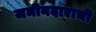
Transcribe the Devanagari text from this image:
जमीनदाराची